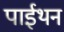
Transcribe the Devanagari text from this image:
पाईथन